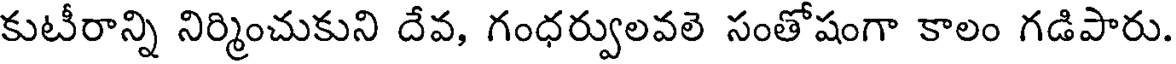
కుటీరాన్ని నిర్మించుకుని దేవ, గంధర్వులవలె సంతోషంగా కాలం గడిపారు.